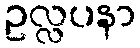
ဥလ္လပနာ